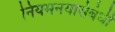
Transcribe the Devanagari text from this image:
नियमनयासंबंधी